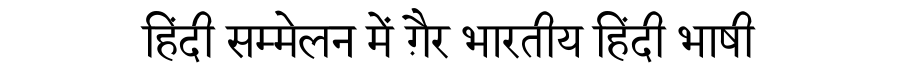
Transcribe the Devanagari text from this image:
हिंदी सम्मेलन में ग़ैर भारतीय हिंदी भाषी